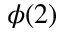
\phi ( 2 )